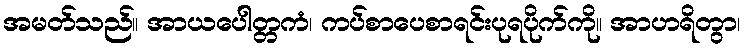
အမတ်သည်။ အာယပေါတ္တကံ၊ ကပ်စာပေစာရင်းပုရပိုက်ကို။ အာဟရိတွာ၊